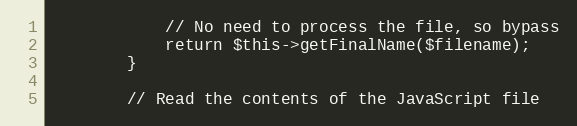
Language: PHP
            // No need to process the file, so bypass
            return $this->getFinalName($filename);
        }

        // Read the contents of the JavaScript file